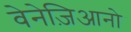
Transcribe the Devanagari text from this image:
वेनेज़िआनो